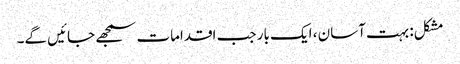
مشکل: بہت آسان ، ایک بار جب اقدامات سمجھے جائیں گے۔